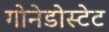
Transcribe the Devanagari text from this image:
गोनेडोस्टेट